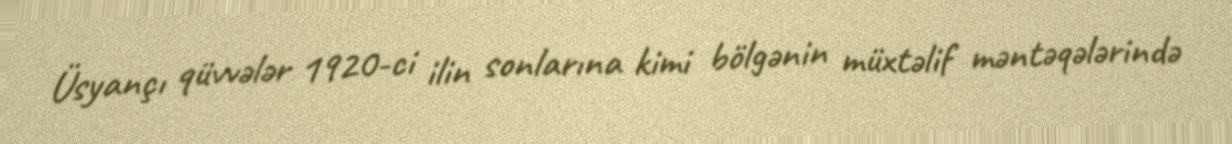
Üsyançı qüvvələr 1920-ci ilin sonlarına kimi bölgənin müxtəlif məntəqələrində